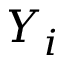
Y _ { i }